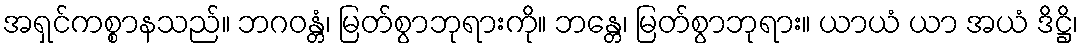
အရှင်ကစ္စာနသည်။ ဘဂဝန္တံ၊ မြတ်စွာဘုရားကို။ ဘန္တေ၊ မြတ်စွာဘုရား။ ယာယံ ယာ အယံ ဒိဋ္ဌိ၊